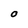
Character: O